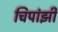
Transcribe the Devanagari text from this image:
चिपांझी